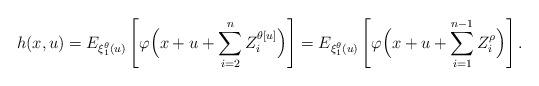
LaTeX: \begin{align*}h(x,u)=E_{\xi_1^\theta(u)}\left[\varphi\Bigl(x+u+\sum_{i=2}^{n} Z_i^{\theta[u]}\Bigr)\right]=E_{\xi_1^\theta(u)}\left[\varphi\Bigl(x+u+\sum_{i=1}^{n-1} Z_i^{\rho}\Bigr)\right].\end{align*}